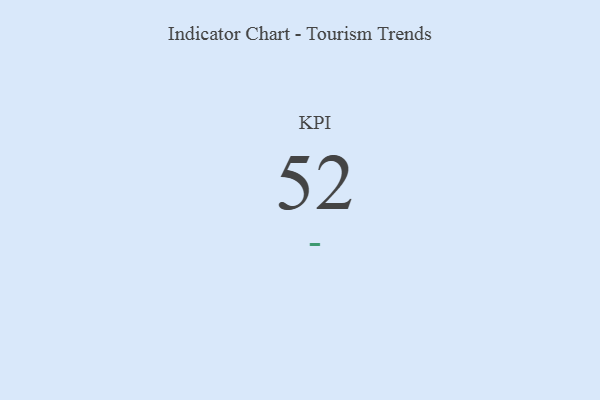
{"axis": {"x": "KPI", "y": "Value"}, "legend": [""], "data": [{"x": "KPI", "y": 52, "type": ""}]}